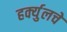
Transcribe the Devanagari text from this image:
हर्क्युलचे